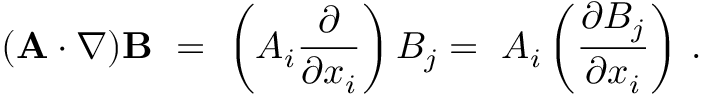
( \mathbf { A } \cdot \nabla ) \mathbf { B } \ = \ \left( A _ { i } { \frac { \partial } { \partial x _ { i } } } \right) B _ { j } = \ A _ { i } \left( { \frac { \partial B _ { j } } { \partial x _ { i } } } \right) \, .